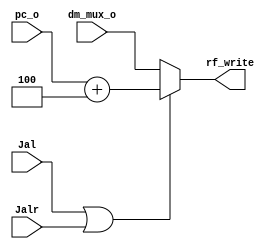
module Jal_Jalr_RF
(
    input wire [31:0]   pc_o,
    input wire [31:0]   dm_mux_o,
    input wire          Jal,
    input wire          Jalr,   
    output wire [31:0]  rf_write
);
    assign rf_write = ((Jal ==1) || (Jalr ==1)) ? (pc_o + 4) : dm_mux_o;
endmodule